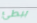
ببطئ